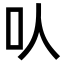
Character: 㕥